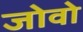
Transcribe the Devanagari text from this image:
जोवो